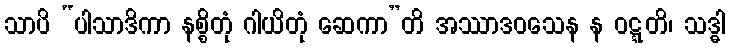
သာပိ “ပါသာဒိကာ နစ္စိတုံ ဂါယိတုံ ဆေကာ”တိ အဿာဒဝသေန န ဝဋ္ဋတိ၊ သဒ္ဓါ